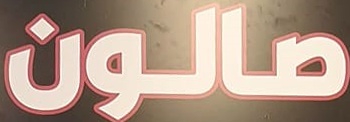
صالون